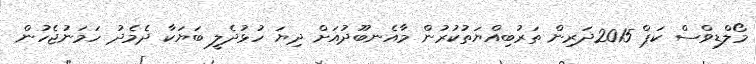
މޯލްޑިވްސް ކަޕް 2015ދަރިން ތަރުބިއްޔަތުކުރުން މާއެނބޫދުއަށް ދިޔަ ހުޅުދެލީ ބަޔަކާ ދެމެދު ހަމަނުޖެހުން